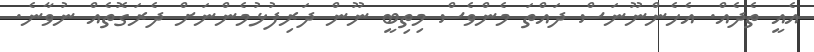
އެއީ ތެދެއް. އެހެންނޫނަސް ދައްތަ މެންވެސް މިތިބީ ނޫން ދަރިފުޅުމެންނަށް ދެރަގޮތެއް ނުވާނެ.